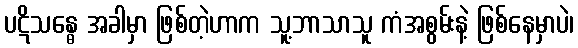
ပဋိသန္ဓေ အခါမှာ ဖြစ်တဲ့ဟာက သူ့ဘာသာသူ ကံအစွမ်းနဲ့ ဖြစ်နေမှာပဲ၊